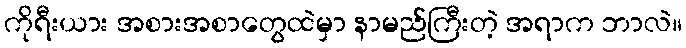
ကိုရီးယား အစားအစာတွေထဲမှာ နာမည်ကြီးတဲ့ အရာက ဘာလဲ။